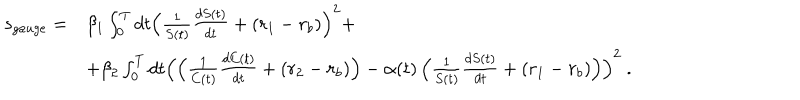
\begin{array} { r l } { { s _ { g a u g e } = } } & { { \beta _ { 1 } \int _ { 0 } ^ { T } d t \left( \frac { 1 } { S ( t ) } \frac { d S ( t ) } { d t } + ( r _ { 1 } - r _ { b } ) \right) ^ { 2 } + } } \\ { { } } & { { + \beta _ { 2 } \int _ { 0 } ^ { T } d t \left( \left( \frac { 1 } { C ( t ) } \frac { d C ( t ) } { d t } + ( r _ { 2 } - r _ { b } ) \right) - \alpha ( t ) \left( \frac { 1 } { S ( t ) } \frac { d S ( t ) } { d t } + ( r _ { 1 } - r _ { b } ) \right) \right) ^ { 2 } \ . } } \\ \end{array}